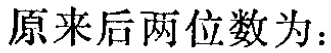
原来后两位数为：